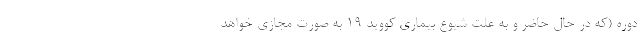
دوره (که در حال حاضر و به علت شیوع بیماری کووید ۱۹ به صورت مجازی خواهد